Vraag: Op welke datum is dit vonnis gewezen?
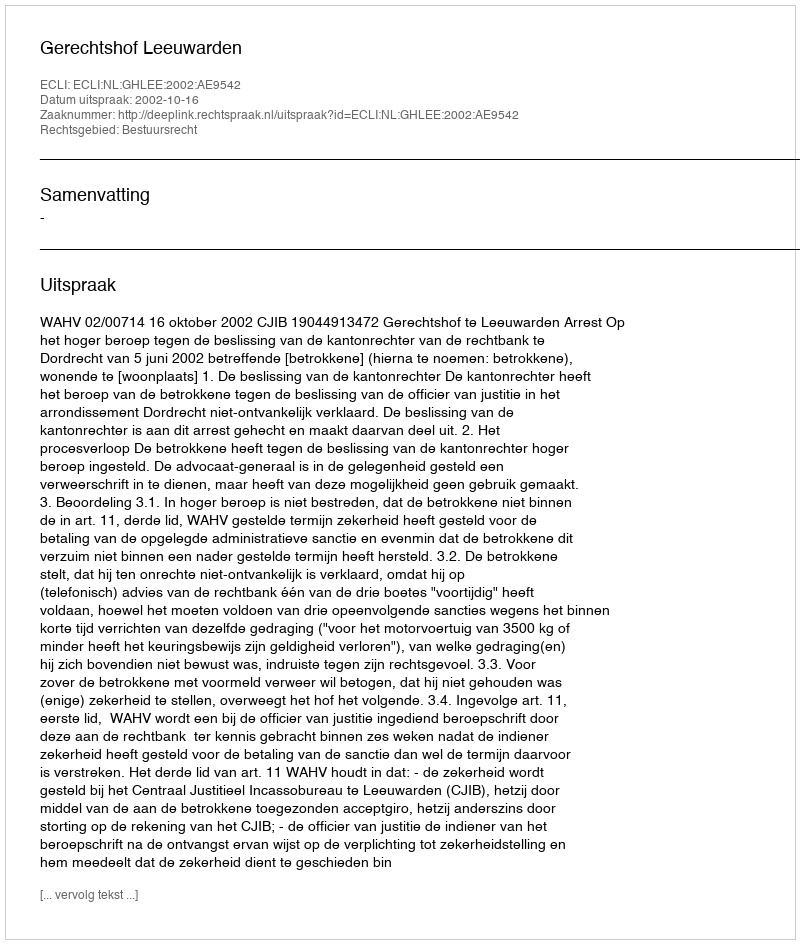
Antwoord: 2002-10-16